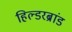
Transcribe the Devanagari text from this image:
हिल्डरब्रांड